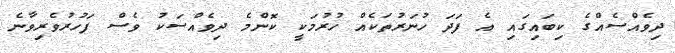
ދިވެއްސެއްގެ ކިބައިގައި އެ ފަދަ ހުނަރުތަކެއް ހުރުމަކީ ކޮންމެ ދިވެއްސަކު ވެސް ފަހުރުވެރިވާނެ